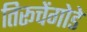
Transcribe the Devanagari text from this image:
तिरूचेंगोडे